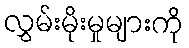
လွှမ်းမိုးမှုများကို